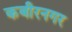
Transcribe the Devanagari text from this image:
कबीरनगर